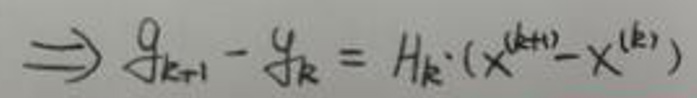
\[ \Rightarrow g_{k + 1}-g_{k}=H_{k}\cdot(x^{(k + 1)}-x^{(k)}) \]